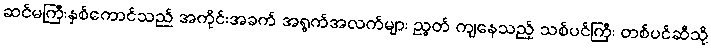
ဆင်မကြီးနှစ်ကောင်သည် အကိုင်းအခက် အရွက်အလက်များ ညွတ် ကျနေသည့် သစ်ပင်ကြီး တစ်ပင်ဆီသို့